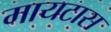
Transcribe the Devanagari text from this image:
मायटास